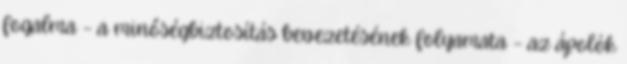
fogalma – a minőségbiztosítás bevezetésének folyamata – az ápolók